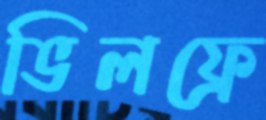
ভিলফ্রে